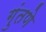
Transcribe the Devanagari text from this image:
गुंतणे